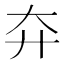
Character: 㚏